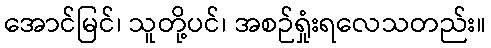
အောင်မြင်၊ သူတို့ပင်၊ အစဉ်ရှုံးရလေသတည်း။